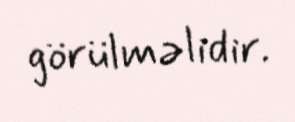
görülməlidir.